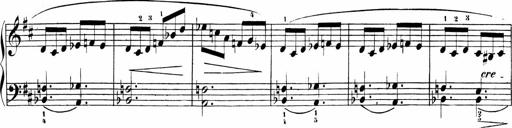
Title: Sonatinen Op.47, 98 und 136, nebst 6 Liedersonatinen
Composer: Carl Reinecke